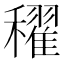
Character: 𥣞